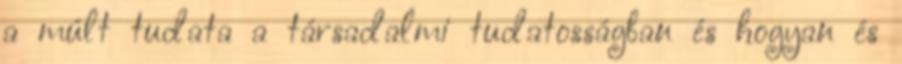
a múlt tudata a társadalmi tudatosságban és hogyan és